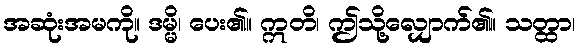
အဆုံးအမကို။ ဒမ္မိ၊ ပေး၏။ ဣတိ၊ ဤသို့လျှောက်၏။ သတ္ထာ၊